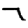
Digit: 7